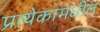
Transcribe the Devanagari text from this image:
प्रत्येकामधील